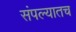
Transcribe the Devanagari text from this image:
संपल्यातच